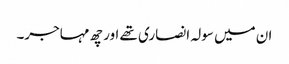
ان میں سولہ انصاری تھے اور چھ مہاجر۔